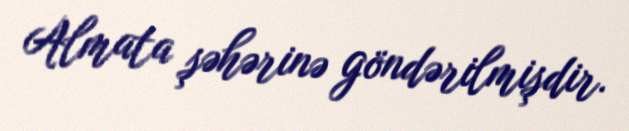
Almata şəhərinə göndərilmişdir.